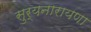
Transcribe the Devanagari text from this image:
सुर्यनारायणा